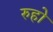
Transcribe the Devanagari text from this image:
रुहो